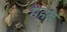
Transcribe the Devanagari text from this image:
महब